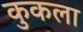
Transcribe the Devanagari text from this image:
कुकला